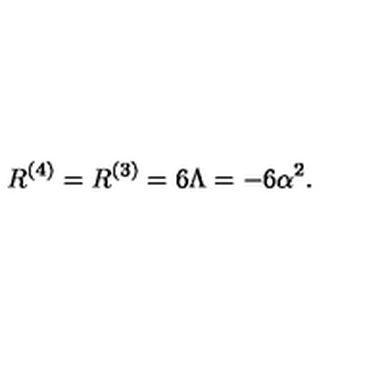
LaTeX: R ^ { ( 4 ) } = R ^ { ( 3 ) } = 6 \Lambda = - 6 \alpha ^ { 2 } .